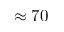
\approx 7 0